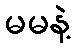
မမနဲ့